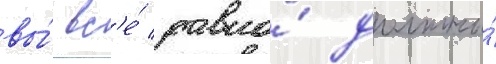
вы́ вс'е́ равно́ должны́